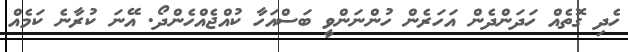
ހެދި ގޮތެއް ހަދަންދެން އަހަރެން ހުންނަންވީ ބަސްއަހާ ކުއްޖެއްހެންދޯ. އޭނަ ކުރާނެ ކަމެއް